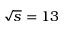
\sqrt s = 1 3